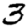
Digit: 3